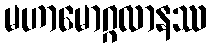
မဟာမောဂ္ဂလာနဿ